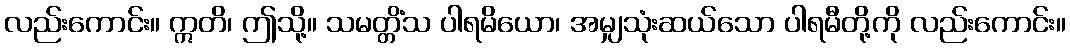
လည်းကောင်း။ ဣတိ၊ ဤသို့။ သမတ္တိံသ ပါရမိယော၊ အမျှသုံးဆယ်သော ပါရမီတို့ကို လည်းကောင်း။